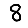
Digit: 8